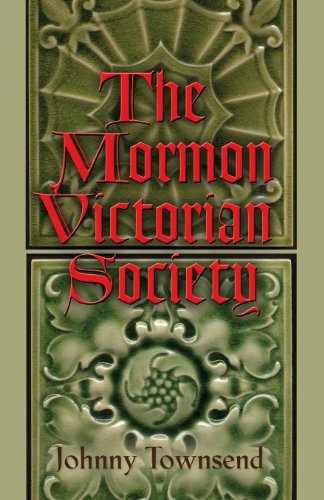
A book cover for The Mormon Victorian Society; Johnny Townsend; Religion & Spirituality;